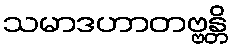
သမာဒဟာတဗ္ဗန္တိ